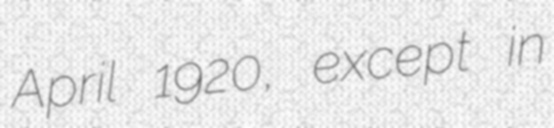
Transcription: April 1920, except in